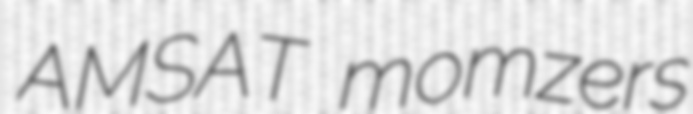
AMSAT momzers